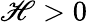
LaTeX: \mathscr{H}>0